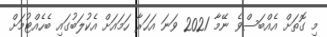
މި ގޮތަށް އެއްބަސްވެ ނޭމާ 2021 ވަނަ އަހަރާ ހަމައަށް އެކުލަބުގައި ބެހެއްޓުމަށް